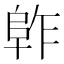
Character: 𱀈